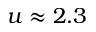
u \approx 2 . 3